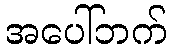
အပေါ်ဘက်